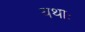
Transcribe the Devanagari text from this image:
यथाः